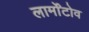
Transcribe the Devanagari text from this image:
लार्मोंटोव